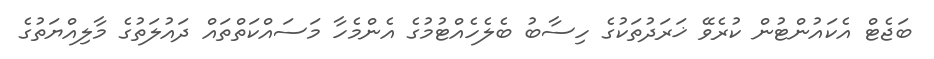
ބަޖެޓް އެކައުންޓުން ކުރެވޭ ޚަރަދުތަކުގެ ހިސާބު ބެލެހެއްޓުމުގެ އެންމެހާ މަސައްކަތްތައް ދައުލަތުގެ މާލިއްޔަތުގެ